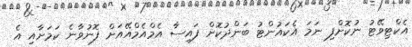
އެކްޓިވޭޓު ނުކޮށްފި ނަމަ އެކައުންޓު ބަންދުކޮށް ފައިސާ އެމްއެމްއޭއަށް ފޮނުވާނެ ކަމަށާއި އެ